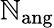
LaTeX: \mathbb{N}_{\mathrm{{ang}}}